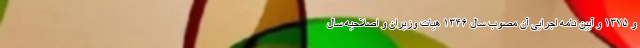
و ۱۳۷۵ و آیین نامه اجرایی آن مصوب سال ۱۳۴۶ هیات وزیران و اصلاحیه سال